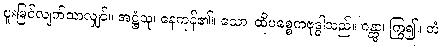
ဖူးမြင်လျက်သာလျှင်။ အဋ္ဌံသု၊ နေကုန်၏။ သော၊ ထိုပစ္စေကဗုဒ္ဓါသည်။ ဂန္တွာ၊ ကြွ၍။ တံ